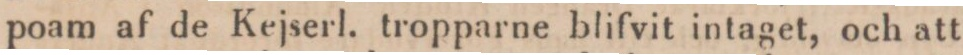
poam af de Kejserl. tropparne blifvit intaget, och att